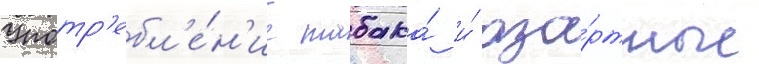
Употр'ебл'е́н'ие табака́ и́ аза́ртные